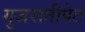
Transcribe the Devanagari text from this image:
गुजरातीपेट